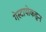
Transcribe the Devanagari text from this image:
गेस्टापोकडून